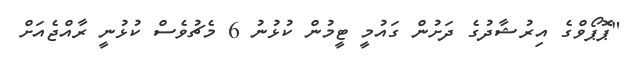
"ޕޮޕޯވްގެ އިރުޝާދުގެ ދަށުން ގައުމީ ޓީމުން ކުޅުނު 6 މެޗުވެސް ކުޅުނީ ރާއްޖެއަށް